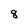
Character: 8